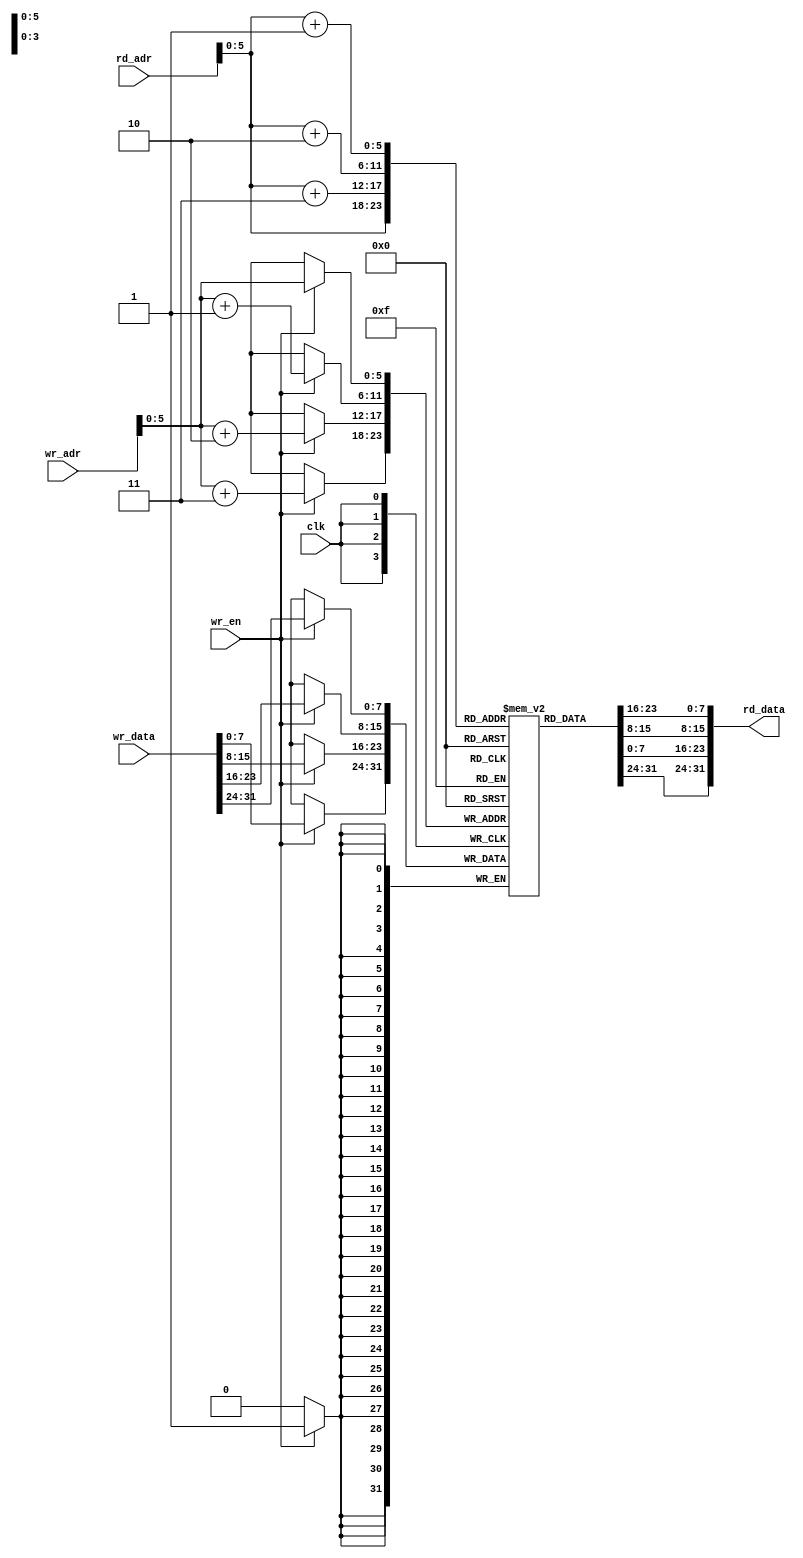
module buffer_8 (clk, wr_en, wr_adr, wr_data, rd_adr, rd_data);
    parameter SIZE = 64;
    input clk, wr_en;
    input [7:0] wr_adr, rd_adr;
    input [31:0] wr_data;
    output [31:0] rd_data;

    reg [7:0] mem [0:SIZE-1];

    assign rd_data = {mem[rd_adr], mem[rd_adr + 1], mem[rd_adr + 2], mem[rd_adr + 3]};

    always @(posedge clk) begin
        if (wr_en) begin
            mem[wr_adr] <= wr_data[31 : 24];
            mem[wr_adr + 1] <= wr_data[23 : 16];
            mem[wr_adr + 2] <= wr_data[15 : 8];
            mem[wr_adr + 3] <= wr_data[7 : 0];
        end
    end
    
endmodule